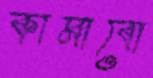
কামাবো